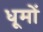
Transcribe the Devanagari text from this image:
धूमों